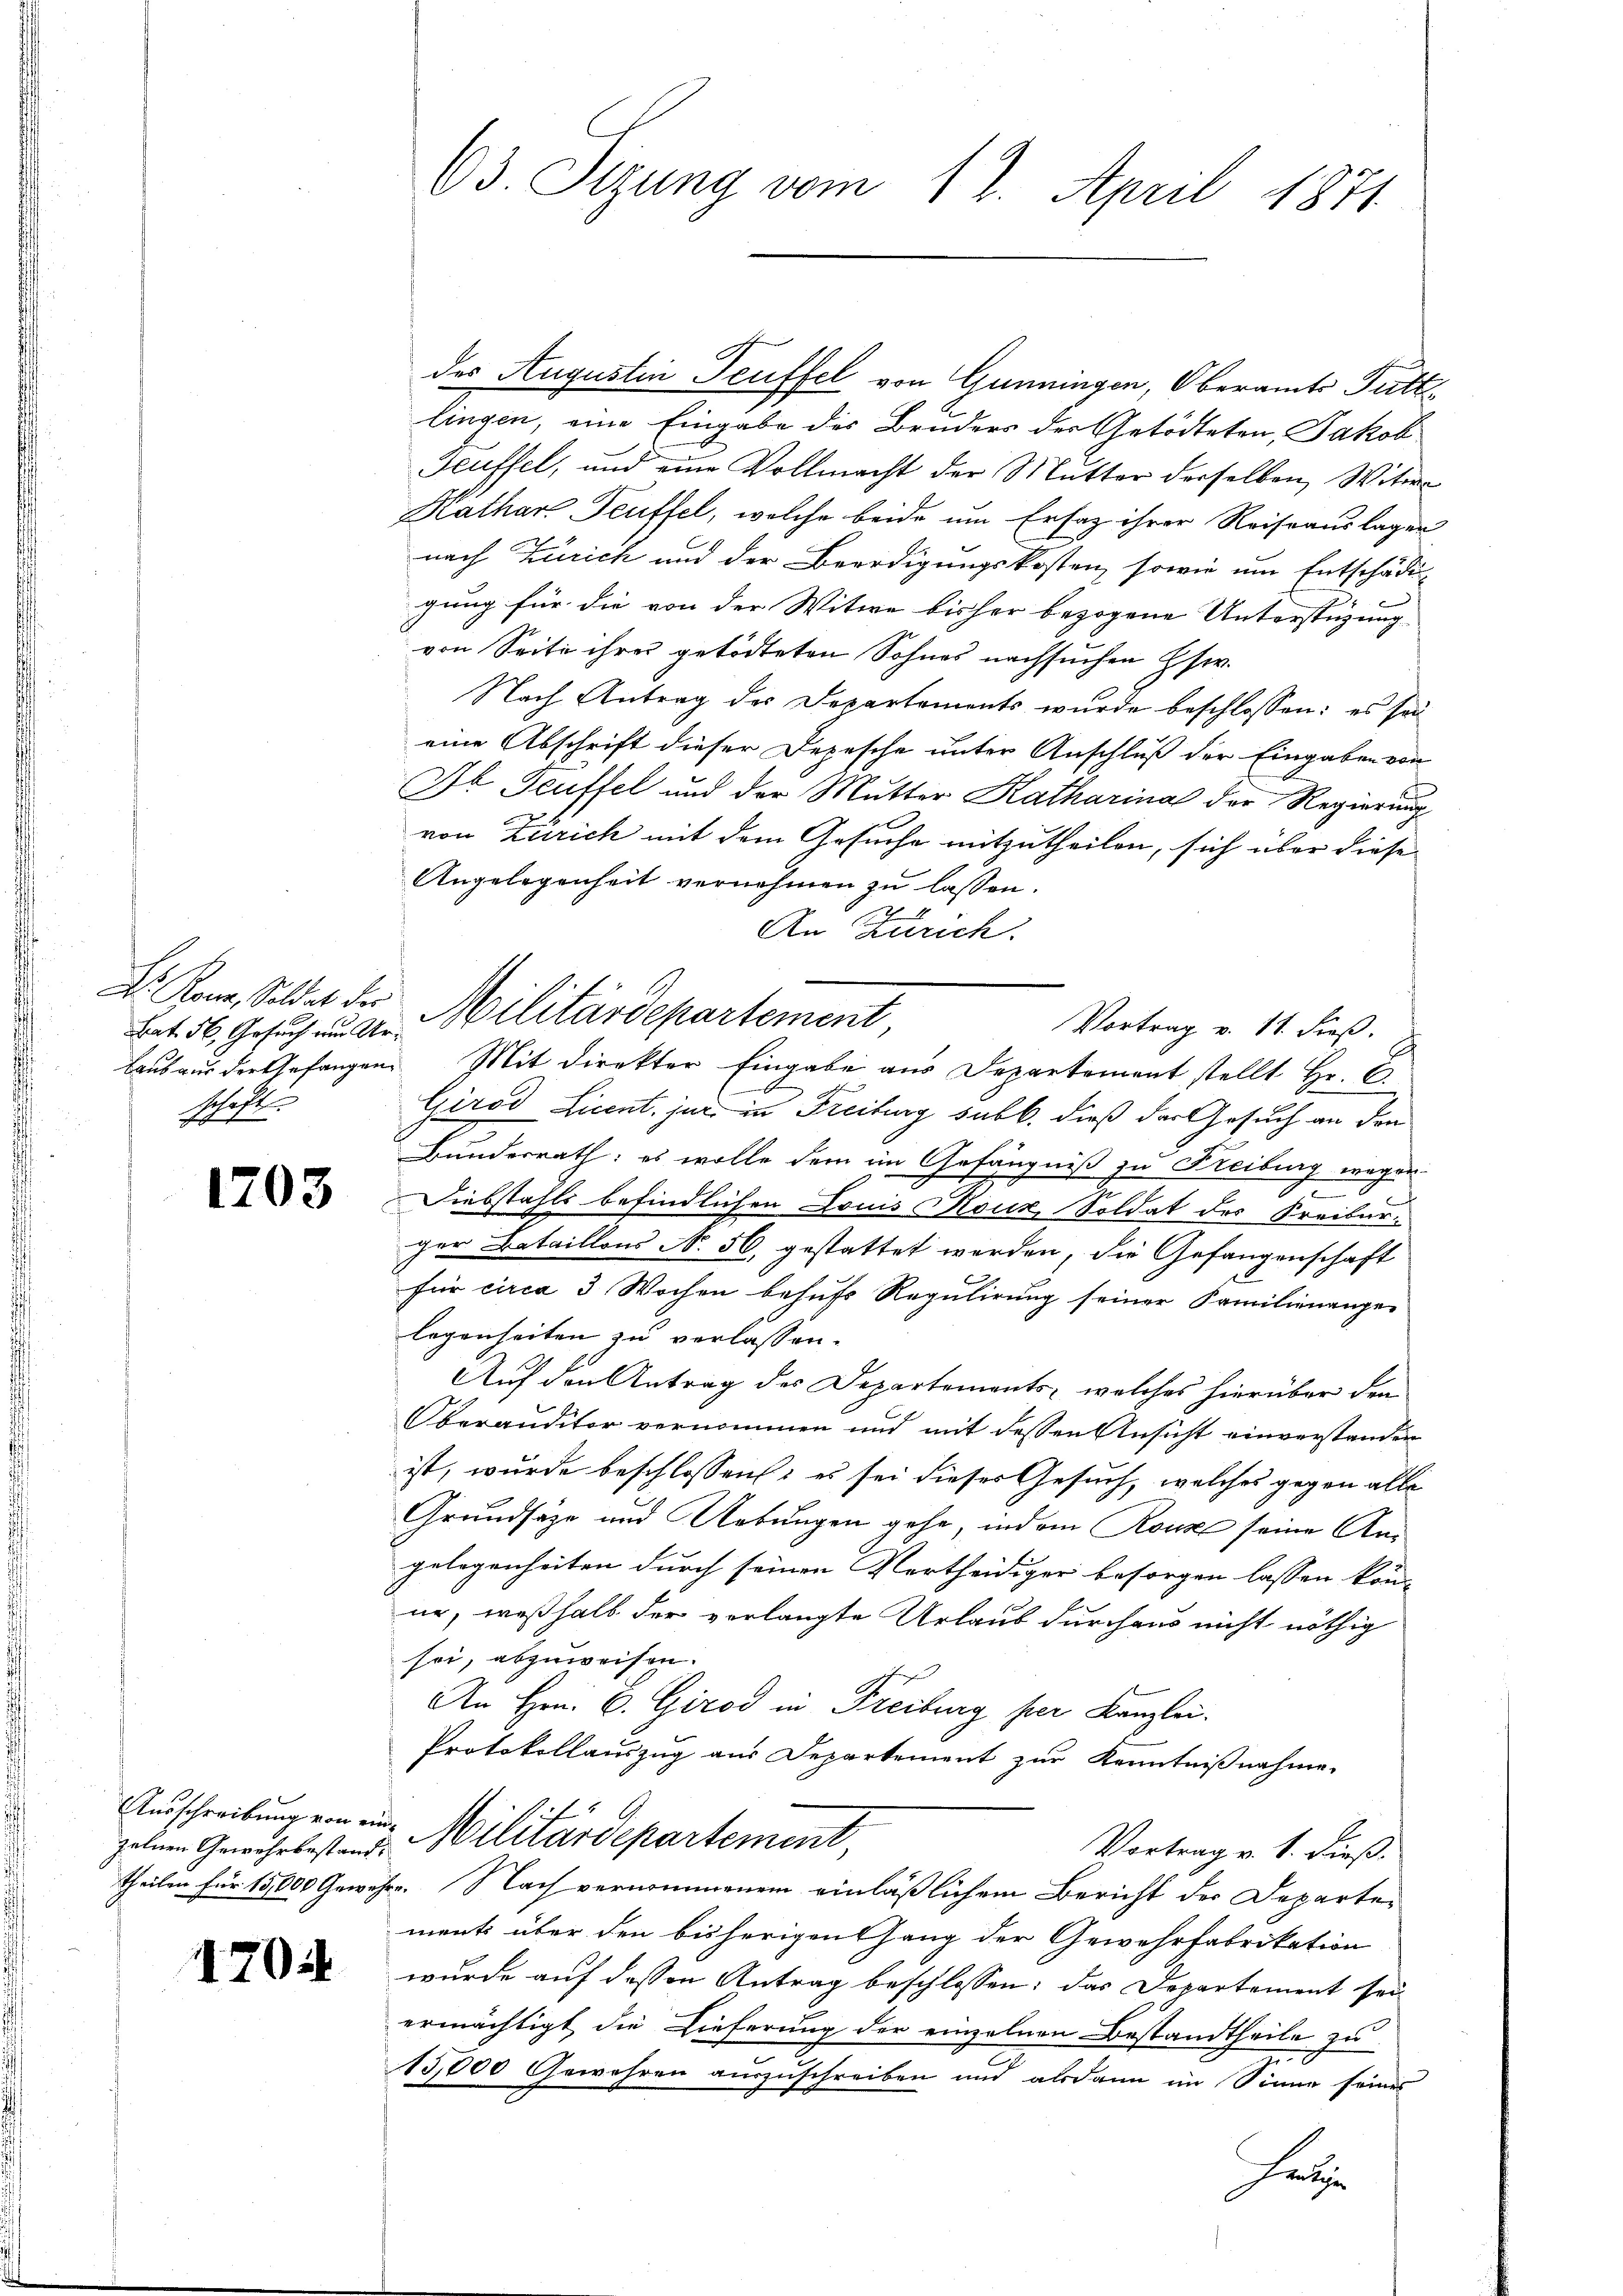
Bat. 56, Gesuch und Ur¬
.
schaft

1703

zelnen Gewehrbestand.

1704

des Augustin Teuffel von Gunningen, Oberamts Futt
lingen, eine Eingabe des Bruders der Getödteten, Jakob
Teuffel, und eine Vollmacht der Mutter derselben, Witwe
Kathar. Teuffel, welche beide um Ersatz ihrer Reiseauslagen
nach Zürich und der Beerdigungskosten, sowie um Entschädi-
gung für die von der Witwe bisher bezogene Unterstüzung |
von Seite ihres getödteten Sohnes nachsuchen Esw.
Nach Antrag des Departements wurde beschlossen: es sei
eine Abschrift dieser Depesche unter Anschluß der Eingaben von
Dr Teuffel und der Mutter Katharina der Regierung
von Zürich mit dem Gesuche mitzutheilen, sich über diese
Angelegenheit vernehmen zu lassen.
An Zürich.
Vortrag v. 11. dieß.
laub aus der Gefangen. Mit Direkter Eingabe aus Departement stellt Hr. D
Girod Licent, juri in Freiburg sub b. dieß der Gesuch an den
Bundesrath: es wolle dem im Gefängniß zu Freiburg wegen-
Diebstahls befindlichen Louis Nouz Soldat des Freiburger Bataillons No. 56, gestattet werden, die Gefangenschaft
für circa 3 Wochen behufs Regulirung seiner Familienange-
legenheiten zu verlassen.
Auf den Antrag der Departements, welches hierüber den
Oberauditor vernommen und mit dessen Ansicht einverstanden
ist, wurde beschlossen: es sei dieses Gesuch, welches gegen alle
Grundsätze und Uebungen gehe, indem Rouse seine An
gelegenheiten durch seinen Vertheidiger besorgen lassen könn
ur, weßhalb der verlangte Urlaub durchaus nicht nöthig
sei, abzuweisen.
An Hrn. C. Girod in Freiburg per Kanzlei.
Protokollauszug aus Departement zŭr Kenntniβnahme.
Ausschreibung von in Militärdepartement,
Vortrag v. 1. dieß.
theilen für 15,000 Gewehre. Nach vernommenem einläßlichem Bericht der Departements über den bisherigenhang der Gewehrfabrikation
wurde auf dessen Antrag beschlossen: das Departement sei
ermächtigt die Lieferung der einzelnen Bestandtheile zu
15,000 Gewehren auszuschreiben und alsdann im Sinne seines
Fre

63. Sizung vom 12. April 1871

Dr. Kon, Soldat der Militärdepartement